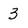
Character: 3